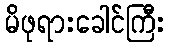
မိဖုရားခေါင်ကြီး